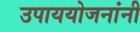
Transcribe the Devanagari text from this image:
उपाययोजनांनी